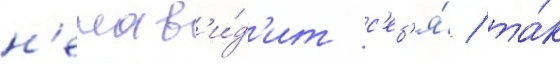
н'енав'и́д'ит с'еб'я́ / та́к